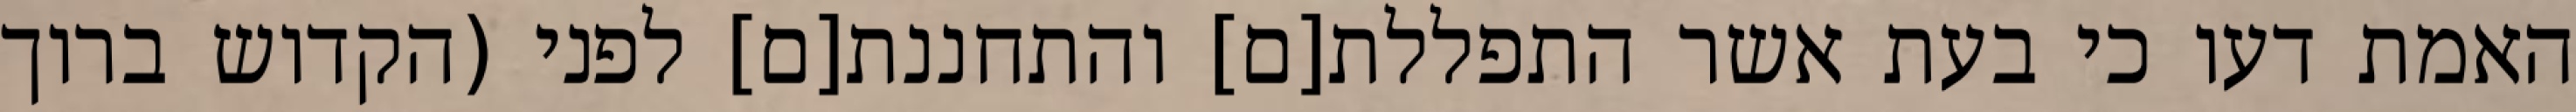
האמת דעו כי בעת אשר התפללת[ם] והתחננת[ם] לפני (הקדוש ברוך